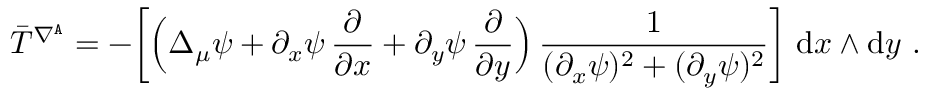
\bar { T } ^ { \nabla ^ { \mathtt { A } } } = - \bigg [ \Big ( \Delta _ { \mu } \psi + \partial _ { x } \psi \, \frac \partial { \partial x } + \partial _ { y } \psi \, \frac \partial { \partial y } \Big ) \, \frac 1 { ( \partial _ { x } \psi ) ^ { 2 } + ( \partial _ { y } \psi ) ^ { 2 } } \bigg ] \ \mathrm { d } x \wedge \mathrm { d } y \ .